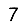
Digit: 7